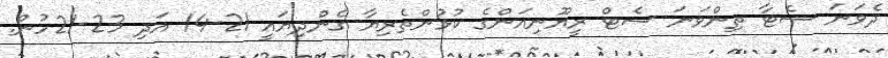
ދެވަނަ ސެޓާ ތިންވަނަ ސެޓް ރީޔޫނިއަންގެ ކުޅުންތެރިޔާ ގެންދިޔައީ 21-14 އަދި 23-21ހުން.